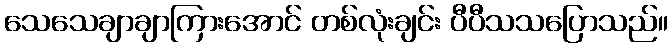
သေသေချာချာကြားအောင် တစ်လုံးချင်း ပီပီသသပြောသည်။